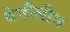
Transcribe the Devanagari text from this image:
बेनौलीम